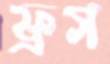
ফ্রগ